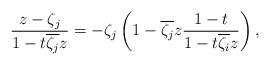
LaTeX: \begin{align*} \frac{z - \zeta_j}{1 - t\overline{\zeta_j} z}= -\zeta_j\left(1-\overline{\zeta_j}z\frac{1-t}{1-t\overline{\zeta_i}z}\right),\end{align*}